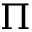
\Pi